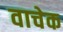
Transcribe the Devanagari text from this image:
वाचेक